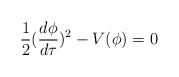
LaTeX: \begin{align*}\frac{1}{2}(\frac{d\phi}{d\tau})^2 - V(\phi) = 0\end{align*}